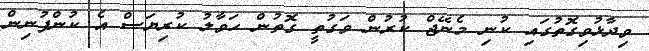
ވިދާޅުވިގޮތުގައި ކުނި މެނޭޖް ކުރުން ވަގުތީ ގޮތުން ހަވާލު ކުރިޔަސް އެ ކުންފުނިން